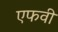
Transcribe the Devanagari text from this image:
एफवी